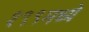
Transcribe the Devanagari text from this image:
१९९मध्ये